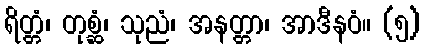
ရိတ္တံ၊ တုစ္ဆံ၊ သုညံ၊ အနတ္တာ၊ အာဒီနဝံ။ (၅)